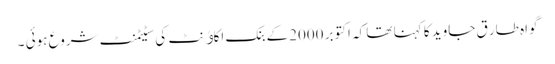
گواہ طار ق جاوید کا کہنا تھا کہ اکتوبر 2000کے بنک اکاﺅنٹ کی سٹیٹمنٹ شروع ہوئی ۔